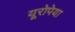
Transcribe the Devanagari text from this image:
यूरोपेया